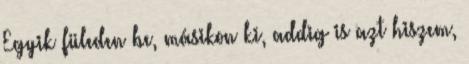
Egyik füleden be, másikon ki, addig is azt hiszem,